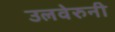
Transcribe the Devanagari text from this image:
उलवेरुनी